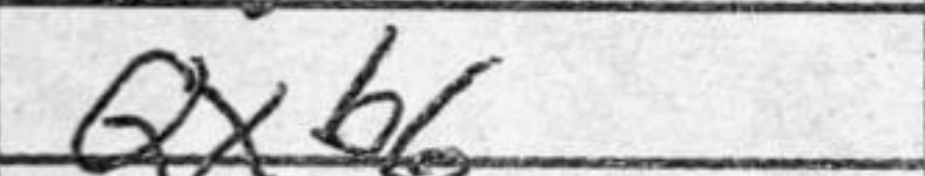
Transcription: Qxb6